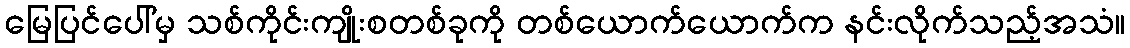
မြေပြင်ပေါ်မှ သစ်ကိုင်းကျိုးစတစ်ခုကို တစ်ယောက်ယောက်က နင်းလိုက်သည့်အသံ။